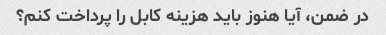
در ضمن، آیا هنوز باید هزینه کابل را پرداخت کنم؟